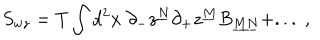
S _ { w z } = T \int d ^ { 2 } x \; \partial _ { - } z ^ { \underline { { { N } } } } \partial _ { + } z ^ { \underline { { { M } } } } B _ { \underline { { { M N } } } } + . . . \; ,